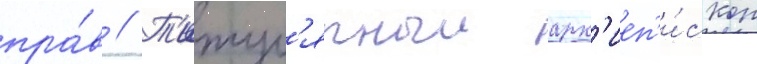
пра́в // Т'итул'ярныи арх'иеп'и́скоп